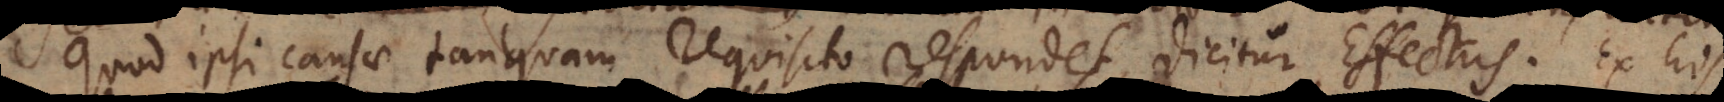
quod ipsi causae tanquam requisito respondet, dicitur Effectus. Ex his